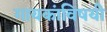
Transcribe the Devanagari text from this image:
गायकांविषयी